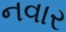
નવાર